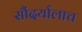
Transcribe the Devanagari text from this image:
सौंदर्यालाच